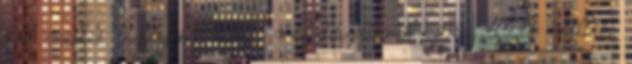
67 millió rajongója volna, míg twitteren cirka 44,6 millió.